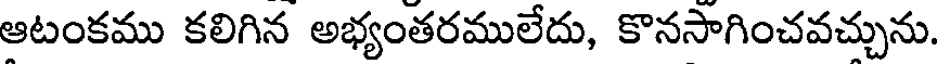
ఆటంకము కలిగిన అభ్యంతరములేదు, కొనసాగించవచ్చును.